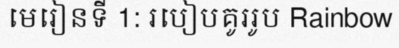
មេរៀនទី 1: របៀបគូររូប Rainbow